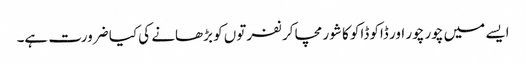
ایسے میں چور چور اور ڈاکو ڈاکو کا شور مچا کر نفرتوں کو بڑھانے کی کیا ضرورت ہے۔